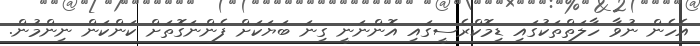
އެހެން ނުވާ ހާލަތްތަކުގައި ޑިމޮކްރެސީގައި އޮންނަނީ ގިނަ ބަޔަކަށް ފެންނަގޮތަށް ކަންކަން ނިންމުން.